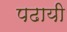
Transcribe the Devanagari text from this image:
पढायी